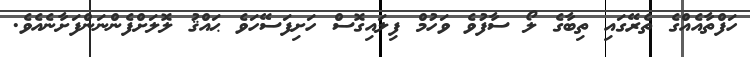
ހަފްތާއެއްގެ ތެރޭގައި ތިބާގެ ލޯ ސާފުވެ ވަހުމް ފިލައިގޮސް ހަށިފަސޭހަވެ ޙައްޤު ލޮލަށްފެންނަންފަށާނެއެވެ.